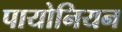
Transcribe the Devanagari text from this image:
पायोनियन